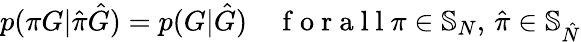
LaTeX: p(\pi G|\hat{\pi}\hat{G})=p(G|\hat{G})\quad\mathrm{~f~o~r~a~l~l~}\pi\in\mathbb{S}_{N},\, \hat{\pi}\in\mathbb{S}_{\hat{N}}